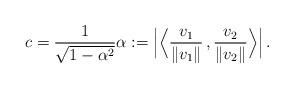
LaTeX: \begin{align*} c = \frac1{\sqrt{1-\alpha^2}} \alpha := \Big|\Big\langle {\frac{v_1}{\|v_1\|}}\,,{\frac{v_2}{\|v_2\|}} \Big\rangle\Big| \,. \end{align*}